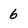
Character: 6